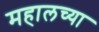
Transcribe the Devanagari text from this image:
महालच्या